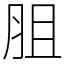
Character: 䏣